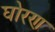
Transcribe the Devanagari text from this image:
घोरण